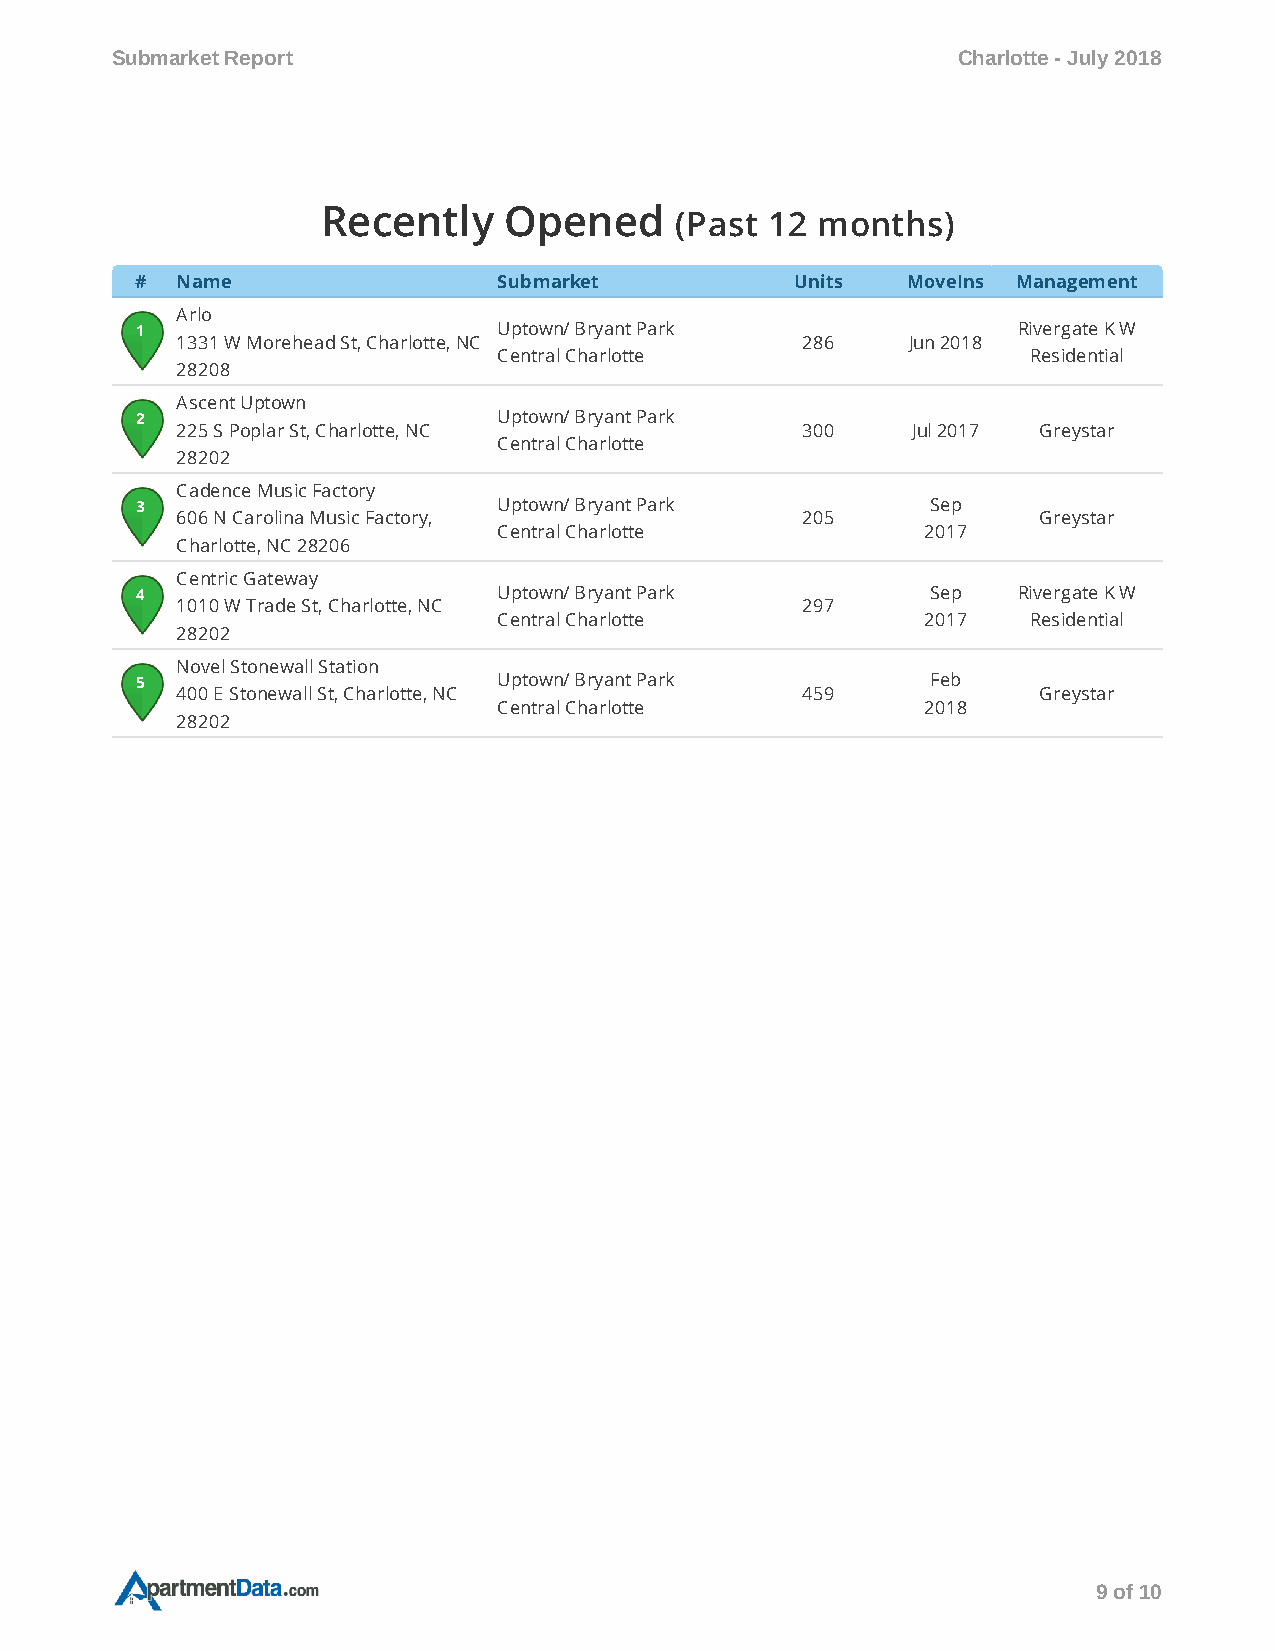
Submarket Report                                        Charlotte - July 2018
 Recently    Opened      (Past 12 months)
 #  Name                 Submarket           Units  MoveIns Management
 Arlo
 1                       Uptown/ Bryant Park               Rivergate K W
 1331 W Morehead St, Charlotte, NC        286    Jun 2018
 Central Charlotte                  Residential
 28208
 Ascent Uptown
 2                       Uptown/ Bryant Park
 225 S Poplar St, Charlotte, NC           300    Jul 2017 Greystar
 Central Charlotte
 28202
 Cadence Music Factory
 3                       Uptown/ Bryant Park          Sep
 606 N Carolina Music Factory,            205             Greystar
 Central Charlotte           2017
 Charlotte, NC 28206
 Centric Gateway
 4                       Uptown/ Bryant Park          Sep  Rivergate K W
 1010 W Trade St, Charlotte, NC           297
 Central Charlotte           2017   Residential
 28202
 Novel Stonewall Station
 5                       Uptown/ Bryant Park          Feb
 400 E Stonewall St, Charlotte, NC        459             Greystar
 Central Charlotte           2018
 28202
 9 of 10